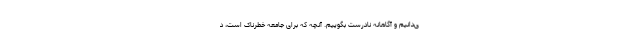
ی‌دانیم و آگاهانه نادرست بگوییم. آنچه که برای جامعه خطرناک است، د